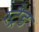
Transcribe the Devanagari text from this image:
स्ट्रैड